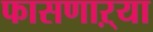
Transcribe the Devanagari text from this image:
फासणाऱ्या